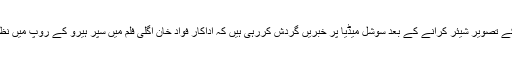
شمل قریشی کے تصویر شیئر کرانے کے بعد سوشل میڈیا پر خبریں گردش کررہی ہیں کہ اداکار فواد خان اگلی فلم میں سپر ہیرو کے روپ میں نظر آسکتے ہیں۔